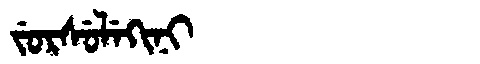
Manchu: ᠵᡠᡵᠰᡠᠯᡝᡴᡳᠨᡳ
Romanization: JURSULEKINI